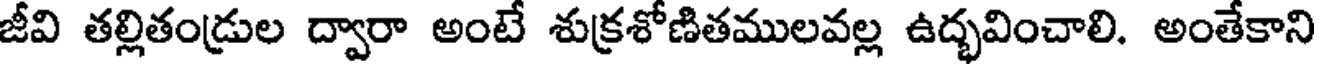
జీవి తల్లితండ్రుల ద్వారా అంటే శుక్రశోణితములవల్ల ఉద్భవించాలి. అంతేకాని